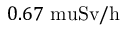
0 . 6 7 \mathrm { { \ m u } S v / h }